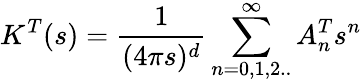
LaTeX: K^{T}(s)={\frac{1}{(4\pi s)^{d}}}\sum_{n=0,1,2..}^{\infty}A_{n}^{T}s^{n}